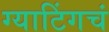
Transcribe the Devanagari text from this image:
ग्याटिंगचं